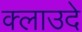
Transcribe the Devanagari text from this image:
क्लाउदे